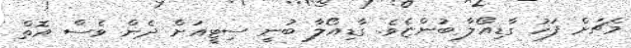
މެޗަށް ފަހު ގާޑިއޯލާ ބުންޏެވެ. ގާޑިއޯލާ ބުނީ ސިޓީއަށް ދެން ވެސް އޮތް